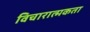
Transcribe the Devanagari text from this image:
विचारात्मकता